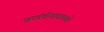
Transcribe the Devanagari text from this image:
खरवंडीगावामध्ये